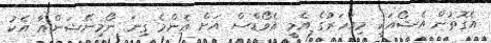
އެގޮތުން އެޝޯއަކީ މިއަހަރުގެ އެމީ އެވޯޑްސް އަށް އެންމެ ގިނަ ނޯމިނޭޝަންއާ އެކު